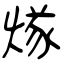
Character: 煫